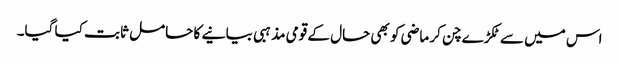
اس میں سے ٹکڑے چن کر ماضی کو بھی حال کے قومی مذہبی بیانیے کا حامل ثابت کیا گیا۔